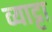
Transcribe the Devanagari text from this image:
व्याट्टा